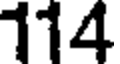
114